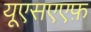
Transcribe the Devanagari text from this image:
यूएसएएफ़